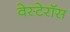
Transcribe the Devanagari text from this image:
वेस्टेरॉस